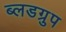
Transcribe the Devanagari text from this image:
ब्लडग्रुप